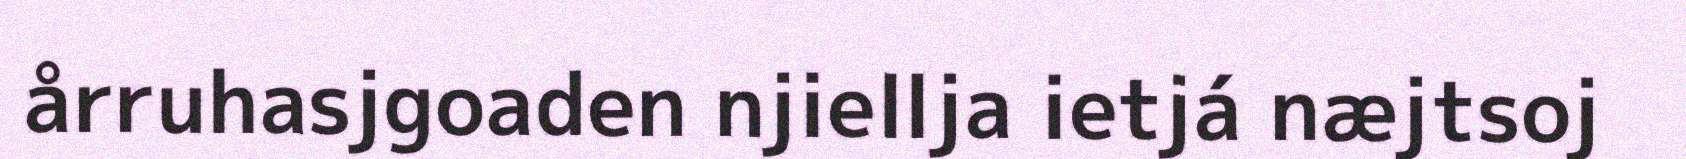
årruhasjgoaden njiellja ietjá næjtsoj